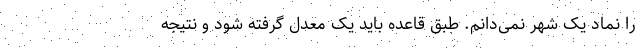
را نماد یک شهر نمی‌دانم. طبق قاعده باید یک معدل گرفته شود و نتیجه